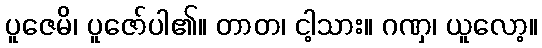
ပူဇေမိ၊ ပူဇော်ပါ၏။ တာတ၊ ငါ့သား။ ဂဏှ၊ ယူလော့။